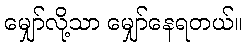
မျှော်လို့သာ မျှော်နေရတယ်။